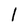
Character: l